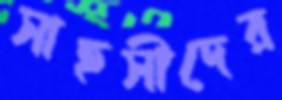
সাহসীদের